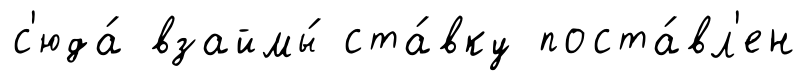
с'юда́ взаймы́ ста́вку поста́вл'ен